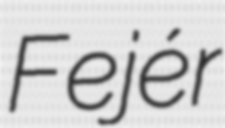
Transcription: Fejér